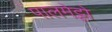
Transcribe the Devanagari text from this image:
पालमेट्टो